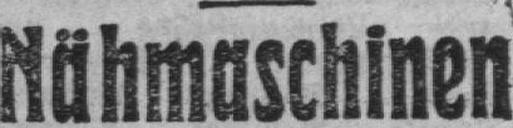
Nähmaschinen